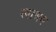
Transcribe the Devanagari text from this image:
स्वाश्रय